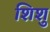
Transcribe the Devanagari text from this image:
शिशु